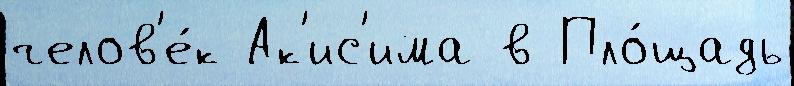
челов'е́к Ак'ис'има в Пло́щадь